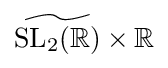
{\widetilde {\mathrm {SL} _{2}(\mathbb {R} )}}\times \mathbb {R}